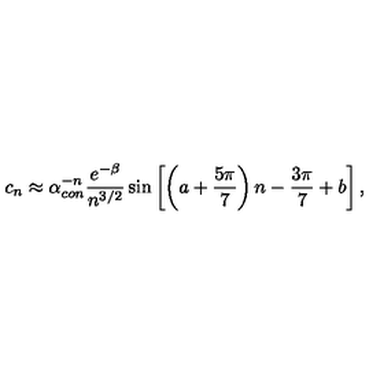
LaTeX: c _ { n } \approx \alpha _ { c o n } ^ { - n } \frac { e ^ { - \beta } } { n ^ { 3 / 2 } } \sin \left[ \left( a + { \frac { 5 \pi } { 7 } } \right) n - { \frac { 3 \pi } { 7 } } + b \right] ,